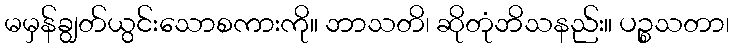
မမှန်ချွတ်ယွင်းသောစကားကို။ ဘာသတိ၊ ဆိုတုံဘိသနည်း။ ပဉ္စသတာ၊